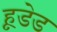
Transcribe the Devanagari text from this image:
हूडेड